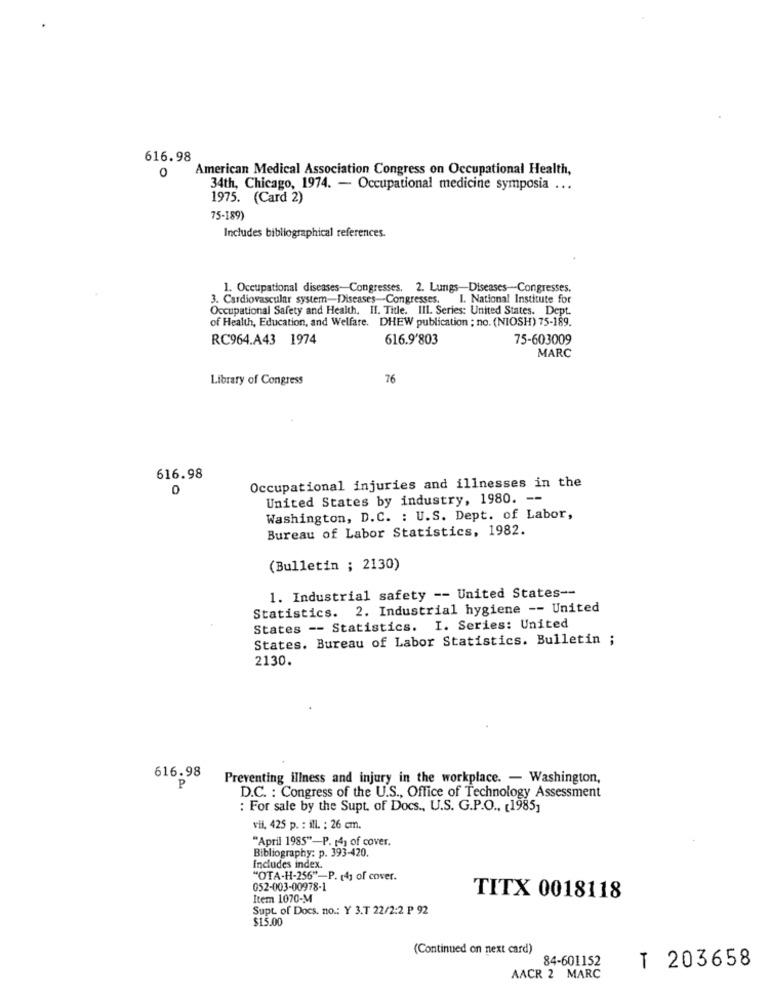
616.98
0
American Medical Association Congress on Occupational Health,
34th, Chicago, 1974. - Occupational medicine symposia ...
1975. (Card 2)
75-189)
Includes bibliographical references.
1. Occupational diseases-Congresses, 2. Lungs-Diseases-Congresses.
3. Cardiovascular system-Diseases-Congresses,
I. National Institute for
Occupational Safety and Health. II. Title. III. Series: United States. Dept.
of Health, Education, and Welfare. DHEW publication ; no. (NIOSH) 75-189.
RC964.A43 1974
616.9'803
75-603009
MARC
Library of Congress
76
616.98
Occupational injuries and illnesses in the
United States by industry, 1980. --
Washington, D.C. : U.S. Dept. of Labor,
Bureau of Labor Statistics, 1982.
(Bulletin ; 2130)
1. Industrial safety -- United States --
Statistics. 2. Industrial hygiene -- United
States -- Statistics. I. Series: United
States. Bureau of Labor Statistics. Bulletin ;
2130.
616.98
Preventing illness and injury in the workplace. - Washington,
P
D.C. : Congress of the U.S ., Office of Technology Assessment
: For sale by the Supt. of Docs ., U.S. G.P.O ., [1985,
vil, 425 p. : ill. : 26 cm.
"April 1985"-P. 14) of cover.
Bibliography: p. 393-420.
Includes index.
"OTA-H-256"-P. [4] of cover.
052-003-00978-1
Item 1070-M
TITX 0018118
Supt. of Docs. no .: Y 3.T 22/2:2 P 92
$15.00
(Continued on next card)
84-601152
T 203658
AACR 2 MARC